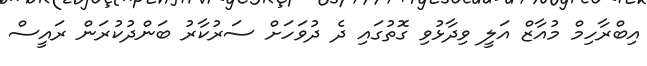
އިބްރާހިމް މުއާޒް އަލީ ވިދާޅުވި ގޮތުގައި ދެ ދުވަހަށް ސަރުކާރު ބަންދުކުރަން ރައީސް